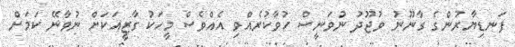
ފަނޑިޔާރުންގެ ގާނޫނު ވުޖޫދު ނުވަނީސް ހުވާކުރެއްވި އެއްވެސް މީހަކު ގާޒީއަކަށް ނުވާނޭ ކަމަށް